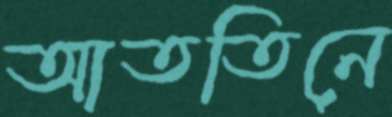
আততিনে